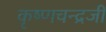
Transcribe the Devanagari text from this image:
कृष्‍णचन्‍द्रजी